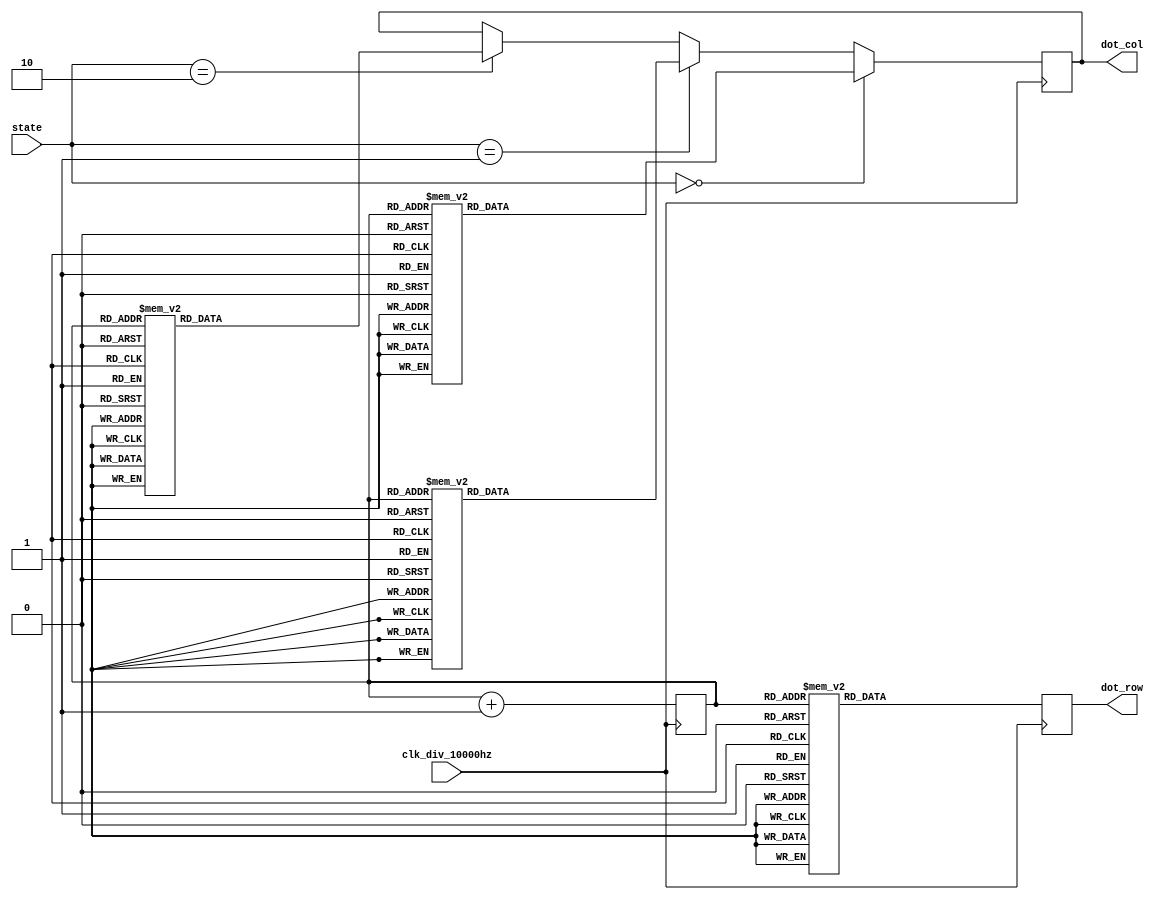
module dot_matrix_display(clk_div_10000hz, state, dot_row, dot_col);

input clk_div_10000hz;
input [1:0] state;
output reg [7:0] dot_row, dot_col;

reg [2:0] count_row;

parameter [1:0] RED = 2'b00, YELLOW = 2'b01, GREEN = 2'b10, NONE = 2'b11;

always @(posedge clk_div_10000hz) begin
	
	count_row <= count_row + 1;
	case(count_row)
		3'd0: dot_row <= 8'b01111111;
		3'd1: dot_row <= 8'b10111111;
		3'd2: dot_row <= 8'b11011111;
		3'd3: dot_row <= 8'b11101111;
		3'd4: dot_row <= 8'b11110111;
		3'd5: dot_row <= 8'b11111011;
		3'd6: dot_row <= 8'b11111101;
		3'd7: dot_row <= 8'b11111110;
		default: dot_row <= 8'b11111111;
	endcase
	if(state == GREEN) begin
		case(count_row)
			3'd0: dot_col <= 8'b00001100;
			3'd1: dot_col <= 8'b00001100;
			3'd2: dot_col <= 8'b00011001;
			3'd3: dot_col <= 8'b01111110;
			3'd4: dot_col <= 8'b10011000;
			3'd5: dot_col <= 8'b00011000;
			3'd6: dot_col <= 8'b00101000;
			3'd7: dot_col <= 8'b01001000;
			default: dot_col <= 8'b00000000;
		endcase
	end
	if(state == YELLOW) begin
		case(count_row)
			3'd0: dot_col <= 8'b00000000;
			3'd1: dot_col <= 8'b00100100;
			3'd2: dot_col <= 8'b00111100;
			3'd3: dot_col <= 8'b10111101;
			3'd4: dot_col <= 8'b11111111;
			3'd5: dot_col <= 8'b00111100;
			3'd6: dot_col <= 8'b00111100;
			3'd7: dot_col <= 8'b00000000;
			default: dot_col <= 8'b00000000;
		endcase
	end
	if(state == RED) begin
		case(count_row)
			3'd0: dot_col <= 8'b00011000;
			3'd1: dot_col <= 8'b00011000;
			3'd2: dot_col <= 8'b00111100;
			3'd3: dot_col <= 8'b00111100;
			3'd4: dot_col <= 8'b01011010;
			3'd5: dot_col <= 8'b00011000;
			3'd6: dot_col <= 8'b00011000;
			3'd7: dot_col <= 8'b00100100;
			default: dot_col <= 8'b00000000;
		endcase
	end
	
end

endmodule